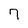
Character: 7